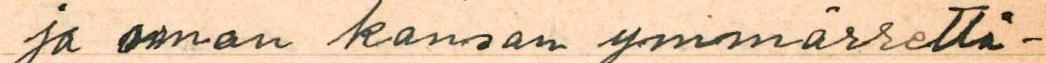
ja oman kansan ymmärrettä-